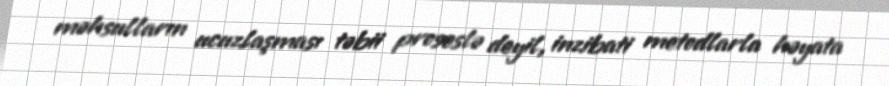
məhsulların ucuzlaşması təbii proseslə deyil, inzibati metodlarla həyata